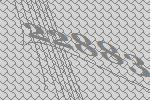
22883